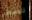
تضطر